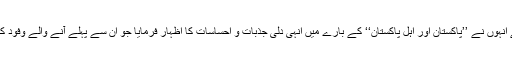
گزشتہ رات 106 راوی روڈ میں علماء سے گفتگو کرتے ہوئے انہوں نے ’’پاکستان اور اہل پاکستان‘‘ کے بارے میں انہی دلی جذبات و احساسات کا اظہار فرمایا جو ان سے پہلے آنے والے وفود کے سربراہان اور سعودی عرب کے حکمران فرماتے رہتے ہیں۔